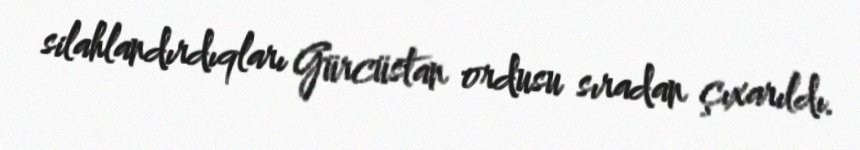
silahlandırdıqları Gürcüstan ordusu sıradan çıxarıldı.